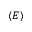
\langle E \rangle